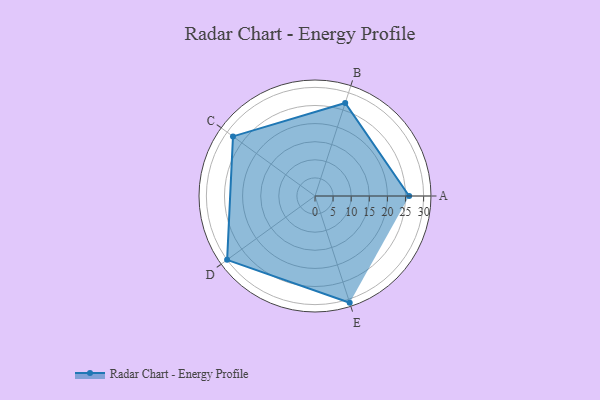
{"axis": {"x": "Skill", "y": "Score"}, "legend": ["Profile"], "data": [{"x": "A", "y": 26.0, "type": "Profile"}, {"x": "B", "y": 27.0, "type": "Profile"}, {"x": "C", "y": 28.0, "type": "Profile"}, {"x": "D", "y": 30.0, "type": "Profile"}, {"x": "E", "y": 31.0, "type": "Profile"}]}